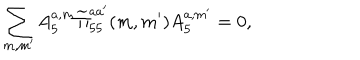
LaTeX: \sum _ { m , m ^ { \prime } } A _ { 5 } ^ { a , m } \widetilde \Pi _ { 5 5 } ^ { a a ^ { \prime } } ( m , m ^ { \prime } ) A _ { 5 } ^ { a , m ^ { \prime } } = 0 ,